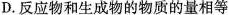
D.反应物和生成物的物质的量相等